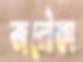
জলৌকা